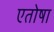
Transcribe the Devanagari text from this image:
एतोषा